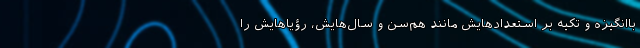
باانگیزه و تکیه بر استعدادهایش مانند هم‌سن‌ و سال‌هایش، رؤیاهایش را